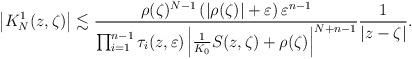
LaTeX: \begin{align*}\left|K_{N}^{1}(z,\zeta)\right|\lesssim\frac{\rho(\zeta)^{N-1}\left(\left|\rho(\zeta)\right|+\varepsilon\right)\varepsilon^{n-1}}{\prod_{i=1}^{n-1}\tau_{i}(z,\varepsilon)\left|\frac{1}{K_{0}}S(z,\zeta)+\rho(\zeta)\right|^{N+n-1}}\frac{1}{\left|z-\zeta\right|}.\end{align*}